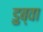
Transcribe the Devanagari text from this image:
डुब्वा